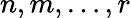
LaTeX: n,m,\ldots,r